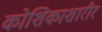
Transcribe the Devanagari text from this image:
कोशिकाशारीर